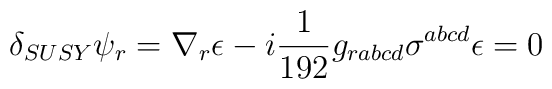
\delta_{SUSY} \psi_r = \nabla_r \epsilon -i {1\over 192}g_{rabcd}\sigma^{abcd} \epsilon =0